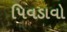
પિવડાવો